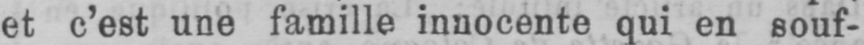
et c’est une famille innocente qui en souf-